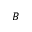
B